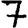
Digit: 7